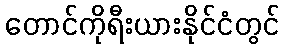
တောင်ကိုရီးယားနိုင်ငံတွင်